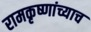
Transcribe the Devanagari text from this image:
रामकृष्णांच्याच